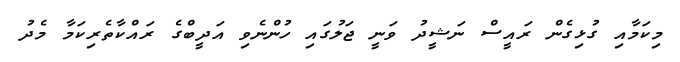
މިކަމާއި ގުޅިގެން ރައީސް ނަޝީދު ވަނީ ޖަލުގައި ހުންނެވި އަދީބްގެ ރައްކާތެރިކަމާ މެދު